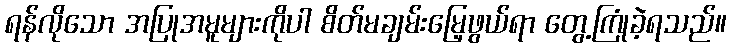
ရန်လိုသော အပြုအမူများကိုပါ စိတ်မချမ်းမြေ့ဖွယ်ရာ တွေ့ကြုံခဲ့ရသည်။